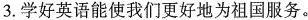
3.学好英语能使我们更好地为祖国服务。